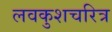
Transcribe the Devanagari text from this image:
लवकुशचरित्र